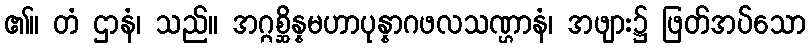
၏။ တံ ဌာနံ၊ သည်။ အဂ္ဂစ္ဆိန္နမဟာပုန္နာဂဖလသဏ္ဌာနံ၊ အဖျား၌ ဖြတ်အပ်သော